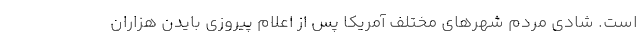
است. شادی مردم شهرهای مختلف آمریکا پس از اعلام پیروزی بایدن هزاران